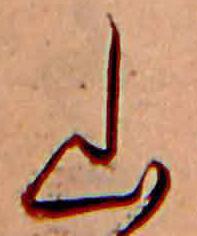
山